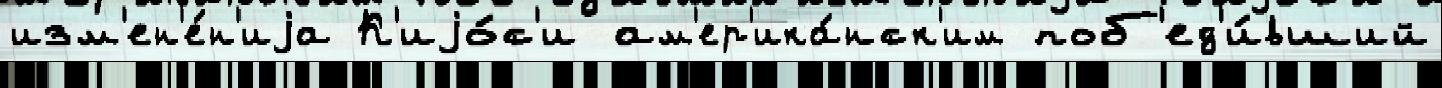
изм'ен'е́н'иjа К'иjо́с'и ам'ер'ика́нск'им поб'ед'и́вший